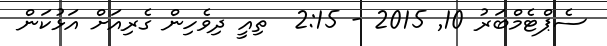
ސެޕްޓެމްބަރު 10